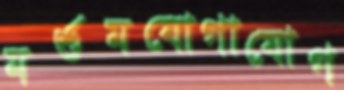
মর্শুমযোগাযোগ